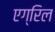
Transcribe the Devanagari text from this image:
एग्रिल